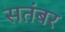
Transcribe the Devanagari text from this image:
सतंबर